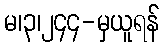
မ၊၃၊၂၄၄-မှယူရန်